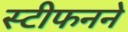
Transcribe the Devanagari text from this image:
स्टीफनने